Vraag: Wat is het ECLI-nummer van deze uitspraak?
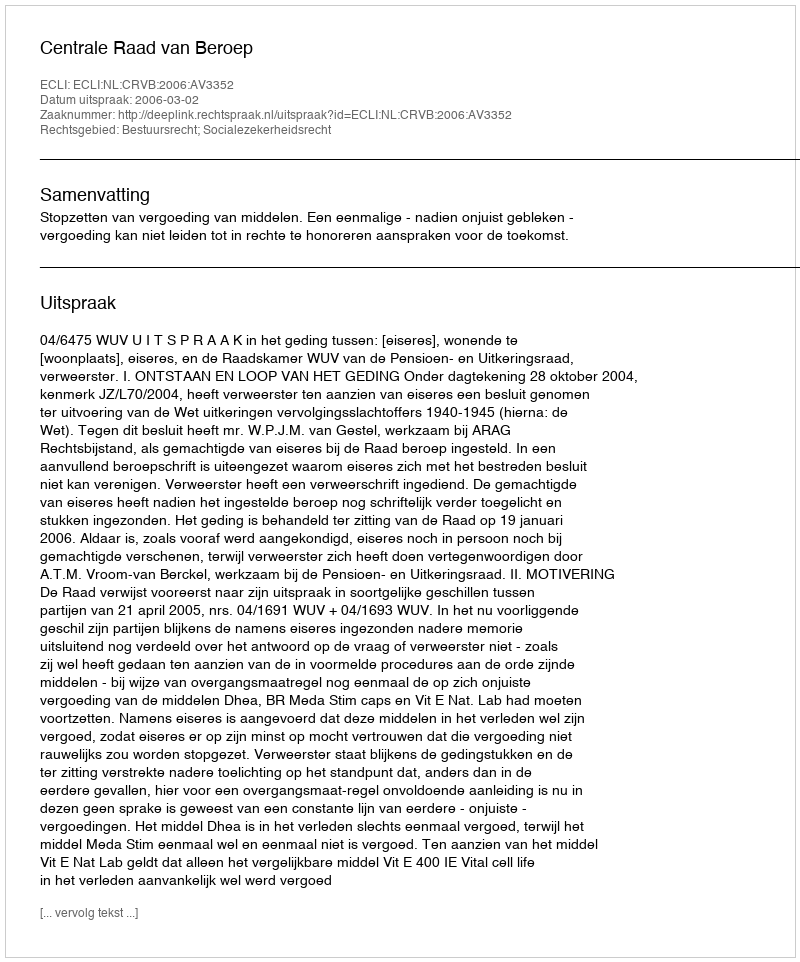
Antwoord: ECLI:NL:CRVB:2006:AV3352